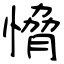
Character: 愶